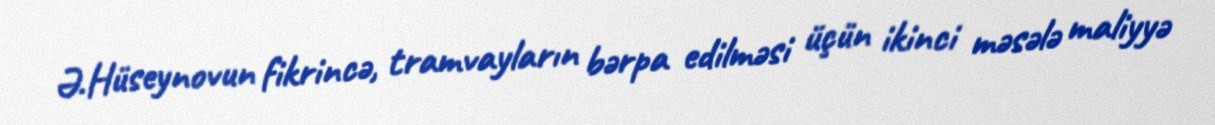
Ə.Hüseynovun fikrincə, tramvayların bərpa edilməsi üçün ikinci məsələ maliyyə